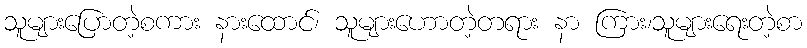
သူများပြောတဲ့စကား နားထောင်၊ သူများဟောတဲ့တရား နာ ကြား၊သူများရေးတဲ့စာ